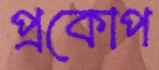
প্রকোপ